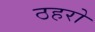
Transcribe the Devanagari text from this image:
ठहरो